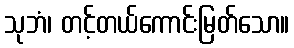
သုဘံ၊ တင့်တယ်ကောင်းမြတ်သော။